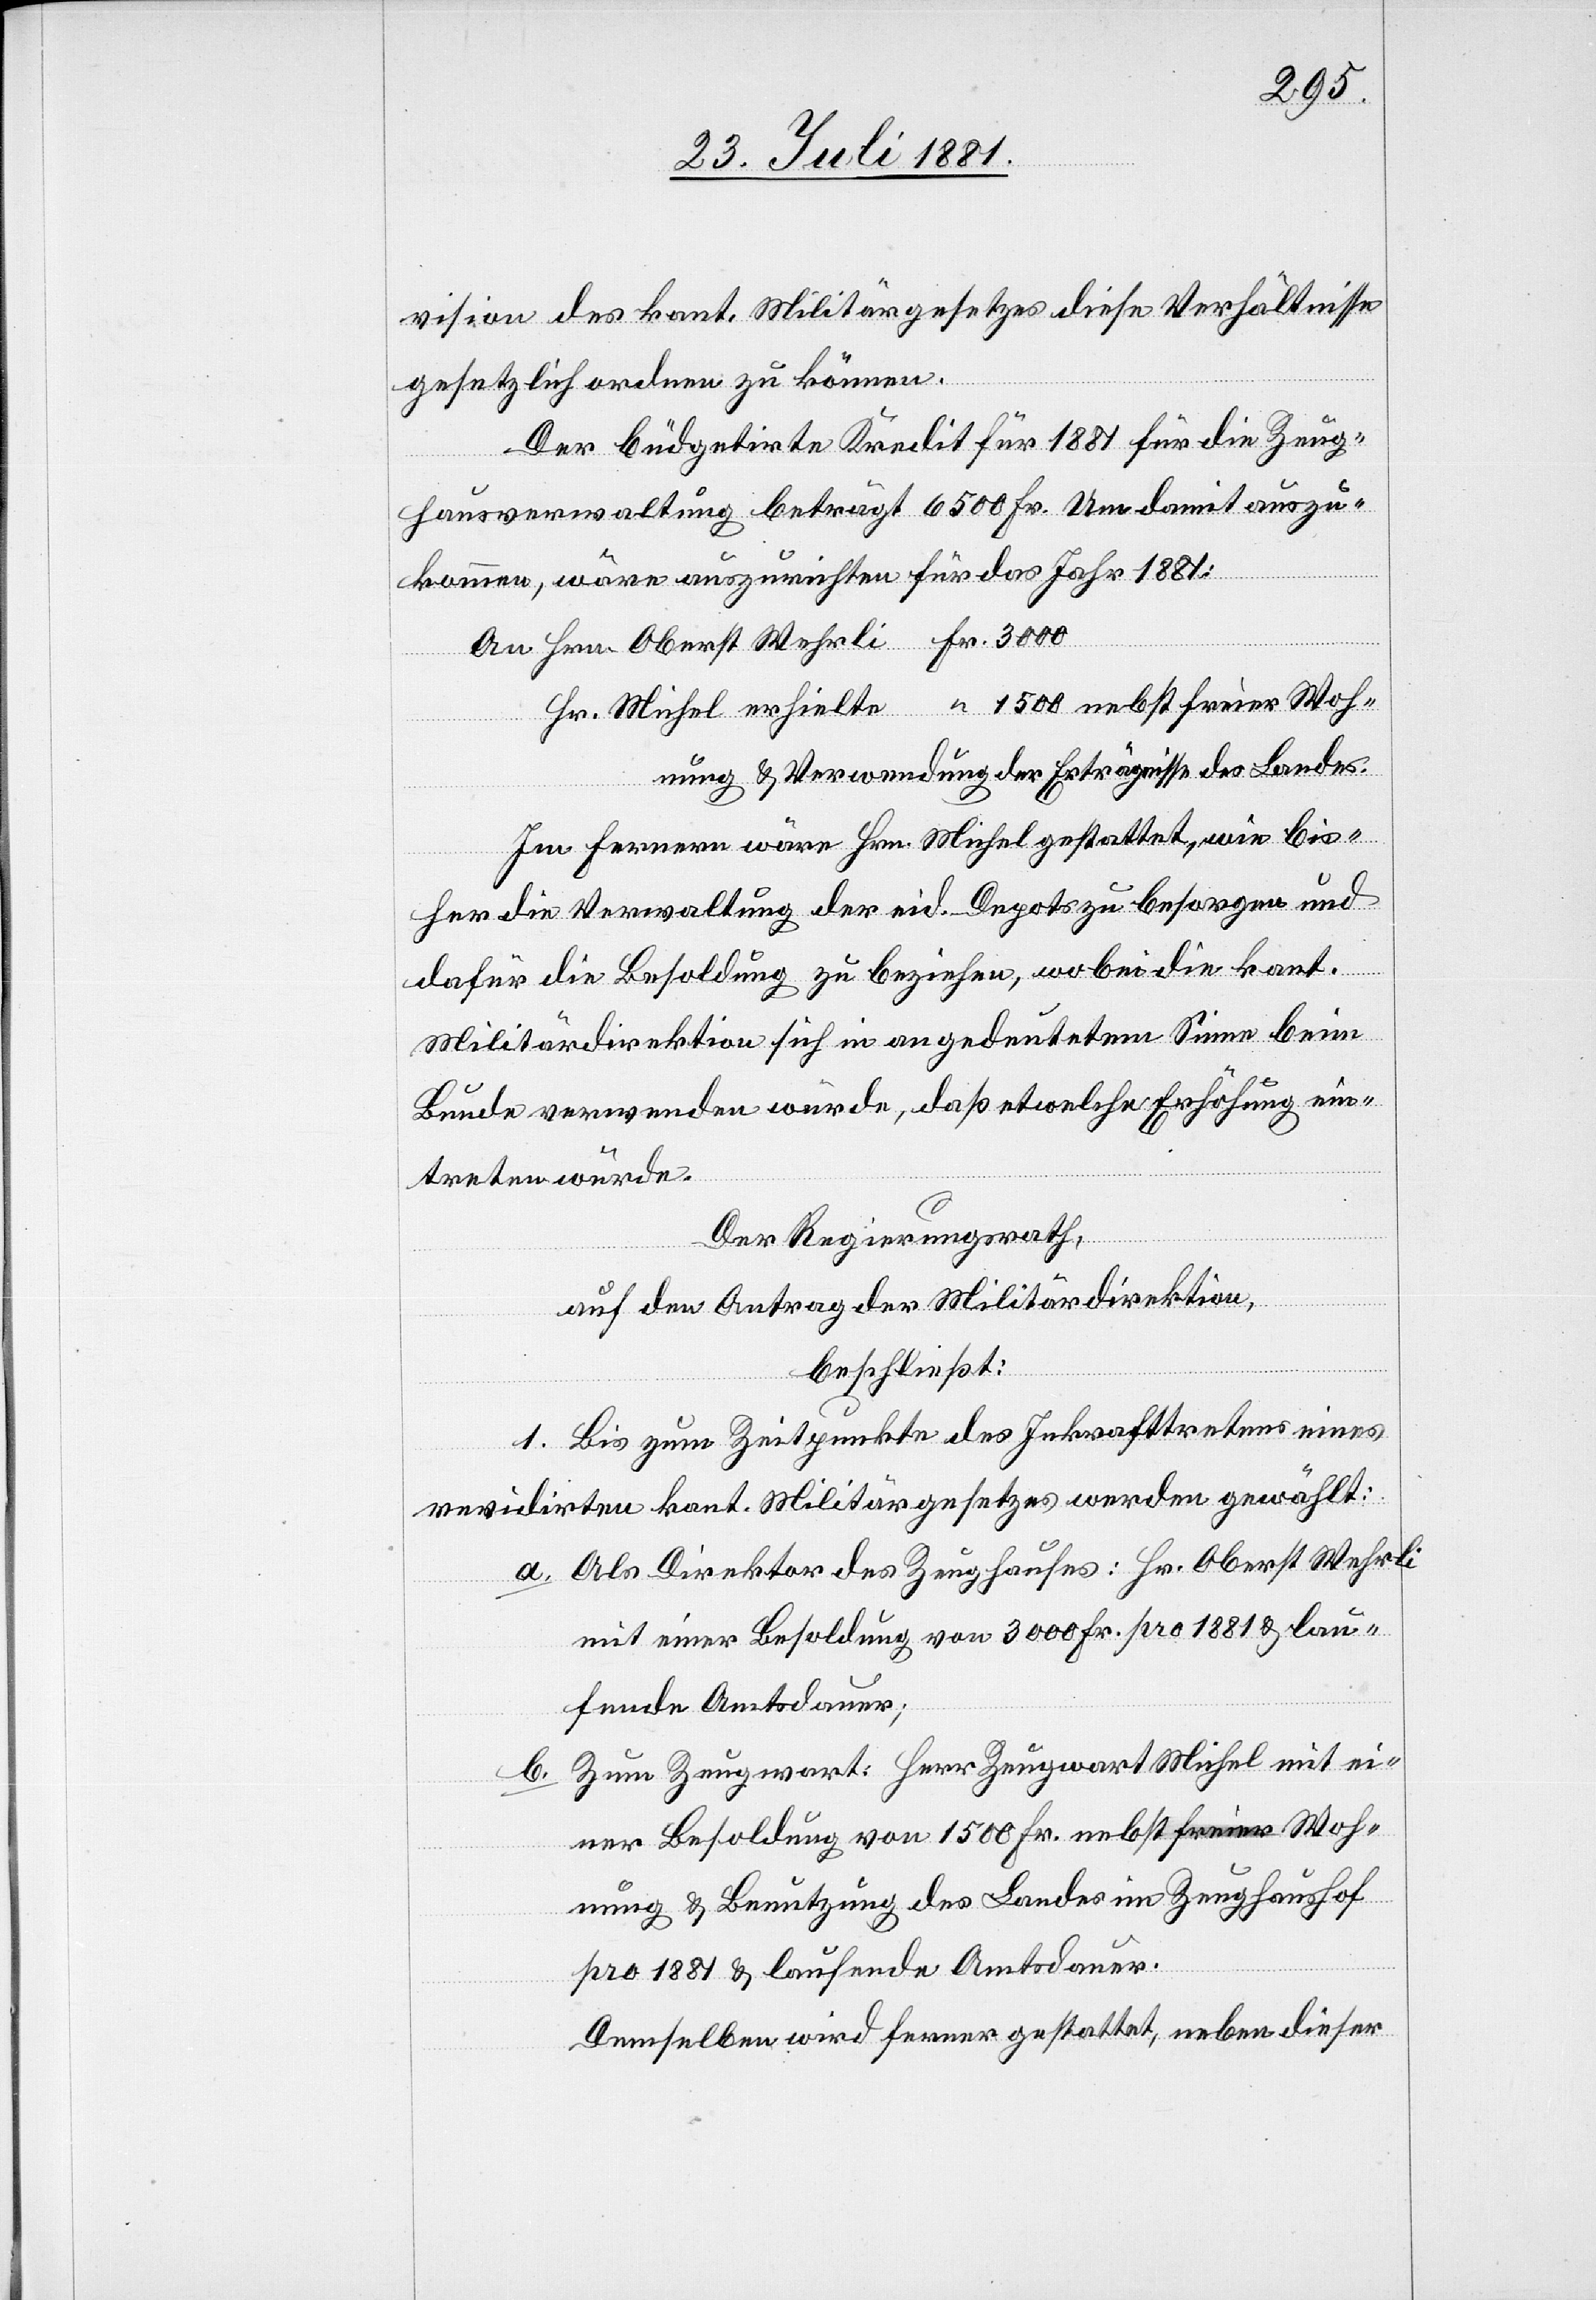
3000
vision des kant. Militärgesetzes diese Verhältnisse
gesetzlich ordnen zu können.
Der budgetirte Kredit für 1881 für die Zeug¬
nebst seiner
hausverwaltung beträgt 6500 Fr. Um damit auszu¬
kommen, wäre auszurichten für das Jahr 1881:
nung & Verwendung der Erträgnisse des Landes.
b.
Im Fernern wäre Hrn. Michel gestattet, wie bis¬
her die Verwaltung der eid. Depots zu besorgen und
dafür die Besoldung zu beziehen, wobei die kant.
Militärdirektion sich in angedeutetem Sinne beim
Bunde verwenden würde, daß etwelche Erhöhung ein¬
treten würde.
Der Regierungsrath,
auf den Antrag der Militärdirektion,
beschließt:
I. Bis zum Zeitpunkte des Inkrafttretens eines
revidirten kant. Militärgesetzes werden gewählt:
a. Als Direktor des Zeughauses: Hr. Oberst Wehrli
mit einer Besoldung von 3000 Fr. pro 1881 & lau¬
fenden Amtsdauer;
Zum Zeugwart: Herr Zeugwart Michel mit ei¬
ner Besoldung von 1500 Fr. nebst freier Woh¬
nung & Benutzung des Landes im Zeughaushof
pro 1881 & laufende Amtsdauer.
Demselben wird ferner gestattet, neben dieser